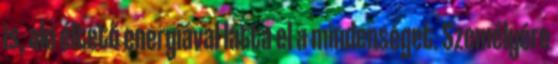
is, aki éltető energiával látta el a mindenséget. Személyére